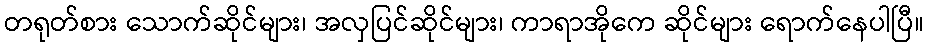
တရုတ်စား သောက်ဆိုင်များ၊ အလှပြင်ဆိုင်များ၊ ကာရာအိုကေ ဆိုင်များ ရောက်နေပါပြီ။